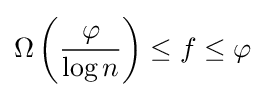
\Omega \left({\frac {\varphi }{\log n}}\right)\leq f\leq \varphi